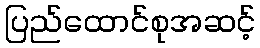
ပြည်ထောင်စုအဆင့်